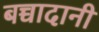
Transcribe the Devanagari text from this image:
बच्चादानी